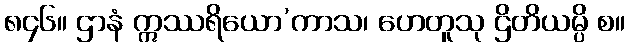
၈၄၆။ ဌာနံ ဣဿရိယော’ကာသ၊ ဟေတူသု ဌိတိယမ္ပိ စ။